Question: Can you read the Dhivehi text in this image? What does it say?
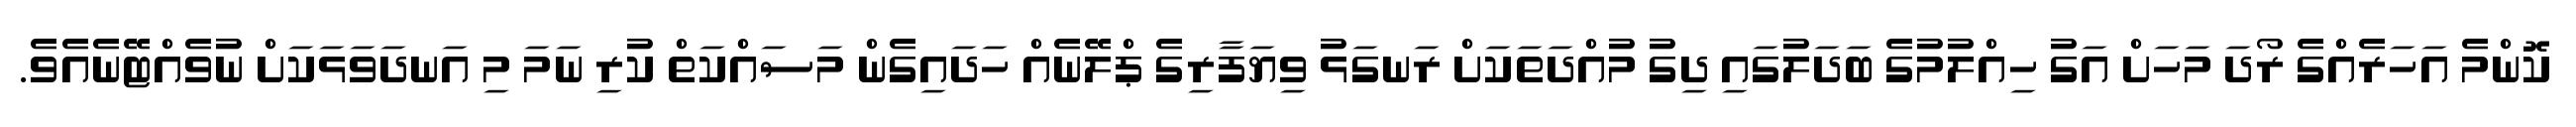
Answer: ކޮންމެ އަހަރެއްގެ ރޯދަ މަހަށް އަގު ހިއްލުމުގެ ބަދަލުގައި ދިގު މުއްދަތަކަށް ރަނގަޅު ވިޔަފާރިގެ ޕްލޭނެއް ހަދައިގެން މަސައްކަތް ކުރި ނަމަ މި އަނދަވަޅަކަށް ނުވެއްޓޭނެއެވެ.